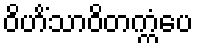
ဝိဟိံသာဝိတက္ကံပေ